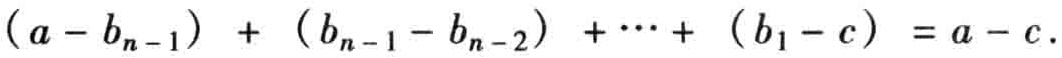
\((a - b_{n - 1}) + (b_{n - 1} - b_{n - 2}) + \cdots + (b_1 - c) = a - c.\)